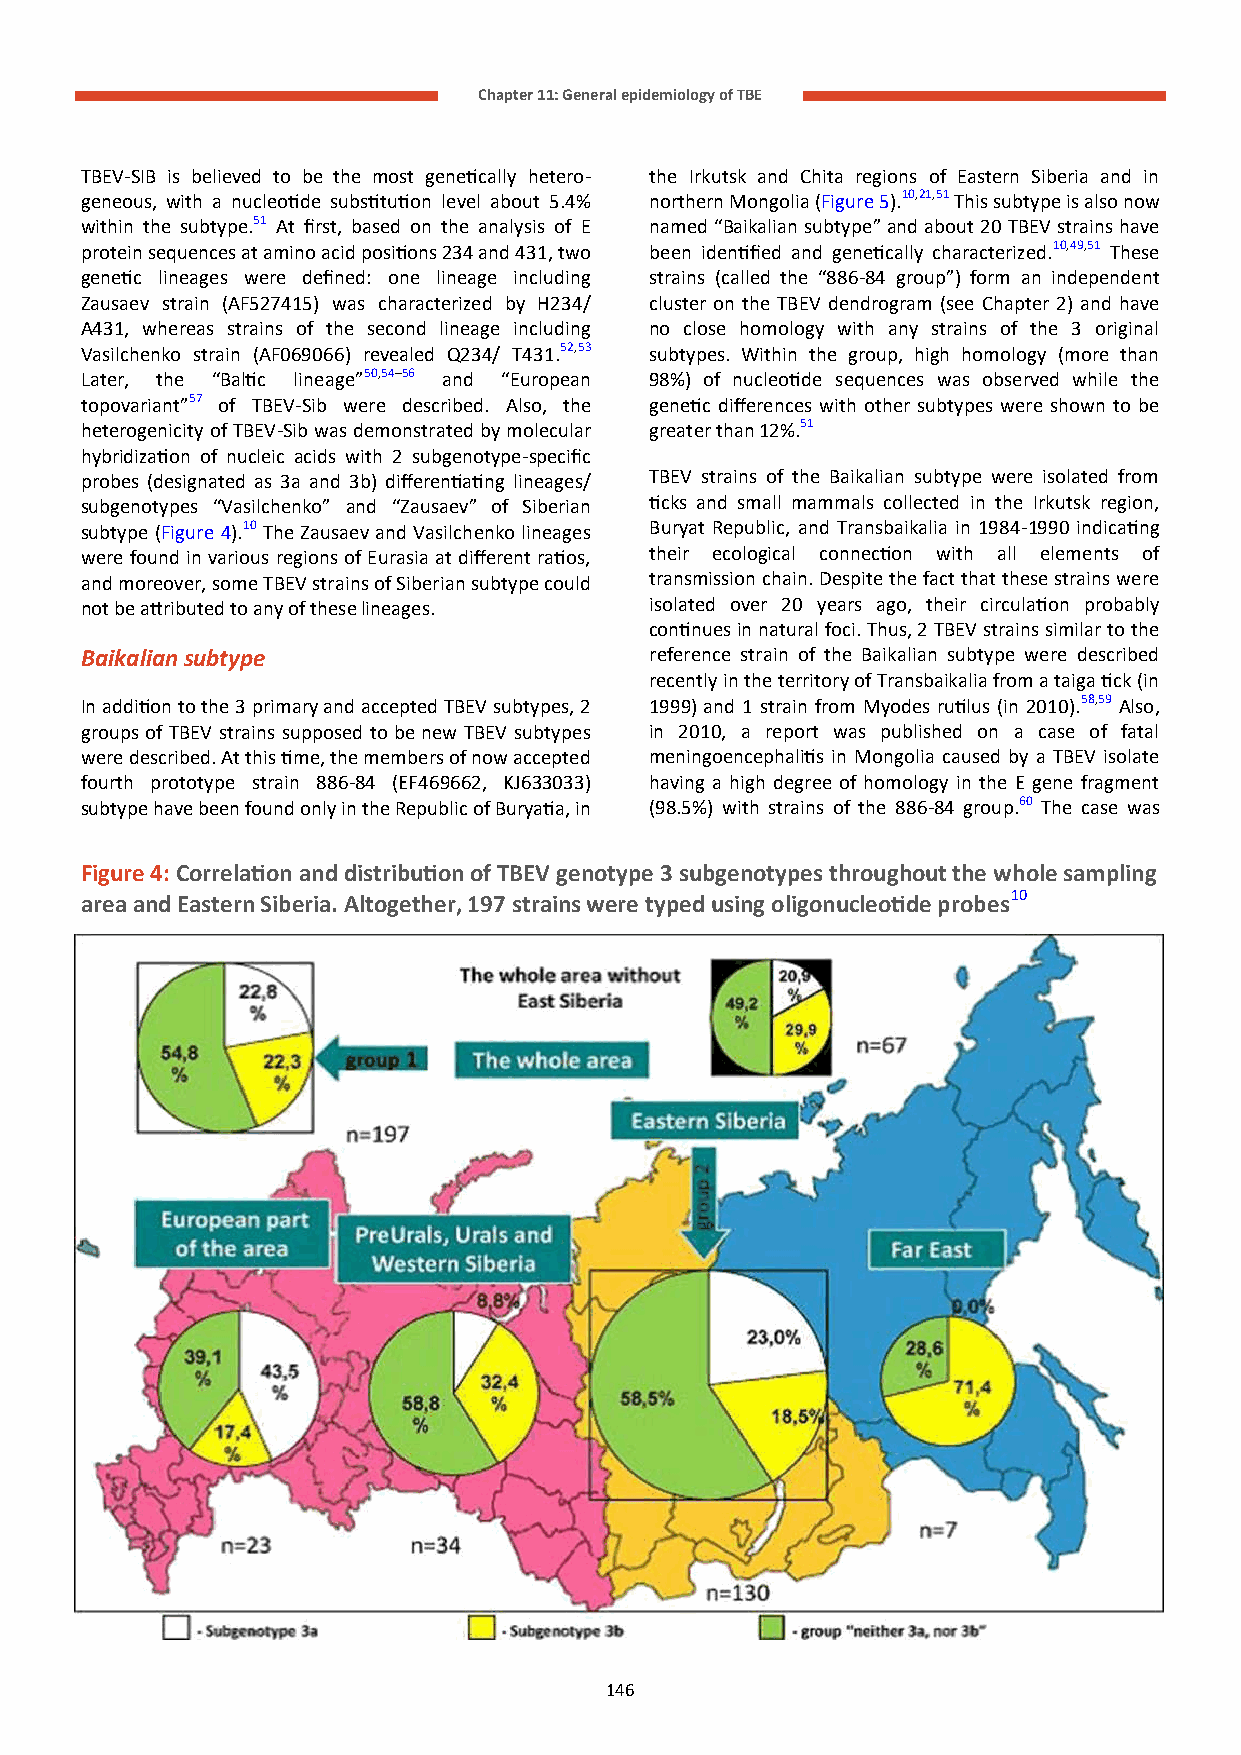
Chapter 11: General epidemiology of TBE
 TBEV-SIB is believed to be the most genetically hetero- the Irkutsk and Chita regions of Eastern Siberia and in
 geneous, with a nucleotide substitution level about 5.4% northern Mongolia (Figure 5).10,21,51 This subtype is also now
 within the subtype.51 At first, based on the analysis of E named “Baikalian subtype” and about 20 TBEV strains have
 protein sequences at amino acid positions 234 and 431, two been identified and genetically characterized.10,49,51 These
 genetic lineages were defined: one lineage including strains (called the “886-84 group”) form an independent
 Zausaev strain (AF527415) was characterized by H234/ cluster on the TBEV dendrogram (see Chapter 2) and have
 A431, whereas strains of the second lineage including no close homology with any strains of the 3 original
 Vasilchenko strain (AF069066) revealed Q234/ T431.52,53 subtypes. Within the group, high homology (more than
 Later, the “Baltic lineage”50,54–56 and “European 98%) of nucleotide sequences was observed while the
 topovariant”57 of TBEV-Sib were described. Also, the genetic differences with other subtypes were shown to be
 heterogenicity of TBEV-Sib was demonstrated by molecular greater than 12%.51
 hybridization of nucleic acids with 2 subgenotype-specific
 probes (designated as 3a and 3b) differentiating lineages/ TBEV strains of the Baikalian subtype were isolated from
 subgenotypes “Vasilchenko” and “Zausaev” of Siberian ticks and small mammals collected in the Irkutsk region,
 subtype (Figure 4).10 The Zausaev and Vasilchenko lineages Buryat Republic, and Transbaikalia in 1984-1990 indicating
 were found in various regions of Eurasia at different ratios, their ecological connection with all elements of
 and moreover, some TBEV strains of Siberian subtype could transmission chain. Despite the fact that these strains were
 not be attributed to any of these lineages. isolated over 20 years ago, their circulation probably
 continues in natural foci. Thus, 2 TBEV strains similar to the
 Baikalian subtype                     reference strain of the Baikalian subtype were described
 recently in the territory of Transbaikalia from a taiga tick (in
 In addition to the 3 primary and accepted TBEV subtypes, 2 1999) and 1 strain from Myodes rutilus (in 2010).58,59 Also,
 groups of TBEV strains supposed to be new TBEV subtypes in 2010, a report was published on a case of fatal
 were described. At this time, the members of now accepted meningoencephalitis in Mongolia caused by a TBEV isolate
 fourth prototype strain 886-84 (EF469662, KJ633033) having a high degree of homology in the E gene fragment
 subtype have been found only in the Republic of Buryatia, in (98.5%) with strains of the 886-84 group.60 The case was
 Figure 4: Correlation and distribution of TBEV genotype 3 subgenotypes throughout the whole sampling
 area and Eastern Siberia. Altogether, 197 strains were typed using oligonucleotide probes10
 146